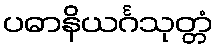
ပဓာနိယင်္ဂသုတ္တံ